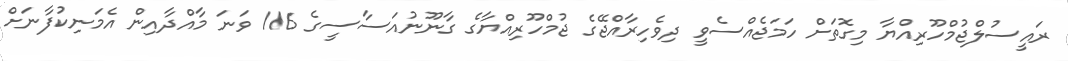
ރައީސުލްޖުމްހޫރިއްޔާ މިގޮތަށް ހަމަޖެއްސެވީ ދިވެހިރާއްޖޭގެ ޖުމްހޫރިއްޔާގެ ގާނޫނުއަސާސީގެ 116 ވަނަ މާއްދާއިން އެމަނިކުފާނަށް